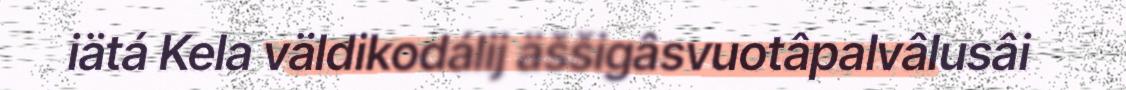
iätá Kela väldikodálij äššigâsvuotâpalvâlusâi